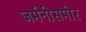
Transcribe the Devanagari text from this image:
जर्मनीसमोर